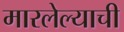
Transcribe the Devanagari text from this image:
मारलेल्याची